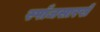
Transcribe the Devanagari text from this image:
स्पाँजसारखे